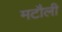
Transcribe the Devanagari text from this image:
मटौली